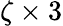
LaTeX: \zeta\times 3